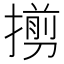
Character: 㨵